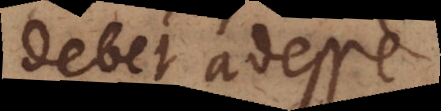
debet adesse